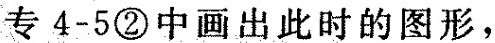
专4-5②中画出此时的图形，